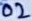
Text: 02